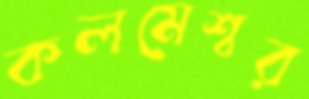
কলমেশ্বর